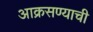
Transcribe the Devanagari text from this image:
आक्रसण्याची